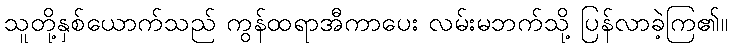
သူတို့နှစ်ယောက်သည် ကွန်ထရာအီကာပေး လမ်းမဘက်သို့ ပြန်လာခဲ့ကြ၏။